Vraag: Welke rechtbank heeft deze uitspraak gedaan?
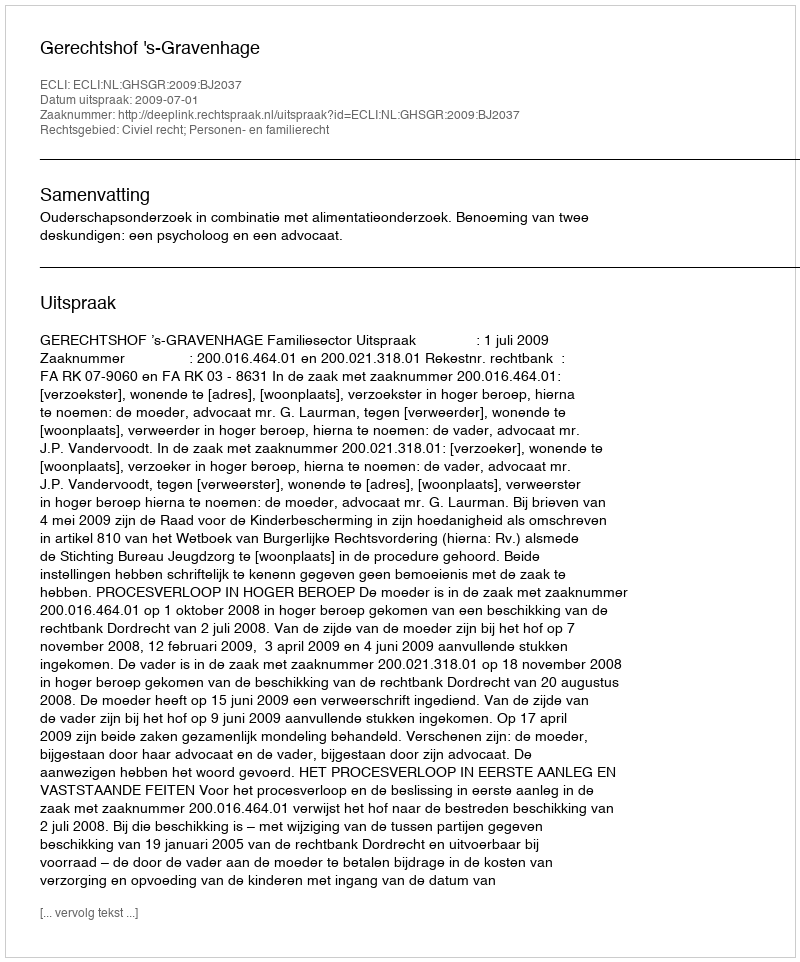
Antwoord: Gerechtshof 's-Gravenhage